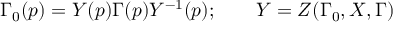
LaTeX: \Gamma _ { 0 } ( p ) = Y ( p ) \Gamma ( p ) Y ^ { - 1 } ( p ) ; \qquad Y = Z ( \Gamma _ { 0 } , X , \Gamma )